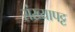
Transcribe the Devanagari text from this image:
संख्यापट्ट